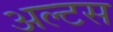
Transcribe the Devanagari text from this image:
अल्टस